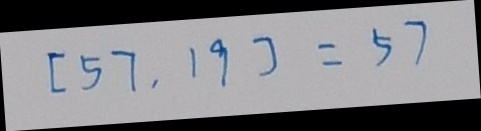
[ 5 7 , 1 9 ] = 5 7